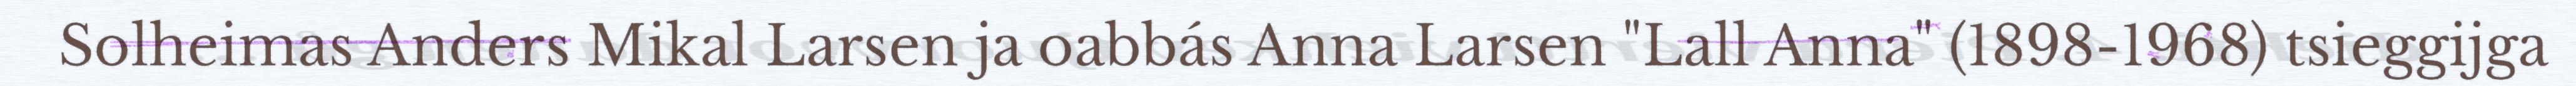
Solheimas Anders Mikal Larsen ja oabbás Anna Larsen "Lall Anna" (1898-1968) tsieggijga